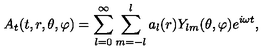
A _ { t } ( t , r , \theta , \varphi ) = \sum _ { l = 0 } ^ { \infty } \sum _ { m = - l } ^ { l } a _ { l } ( r ) Y _ { l m } ( \theta , \varphi ) e ^ { i \omega t } ,